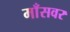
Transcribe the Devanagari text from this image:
माँसवर